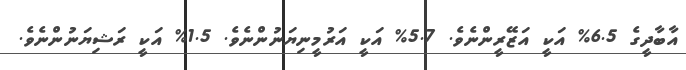
އާބާދީގެ 6.5% އަކީ އަޒޭރީންނެވެ. 5.7% އަކީ އަރުމީނިޔަނުންނެވެ. 1.5% އަކީ ރަޝިޔަނުންނެވެ.